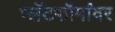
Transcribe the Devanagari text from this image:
प्लॅटफॉर्मांवर